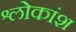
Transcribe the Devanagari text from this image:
श्लोकांश